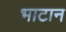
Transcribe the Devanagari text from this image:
भाटान